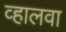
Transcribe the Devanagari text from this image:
व्हालवा